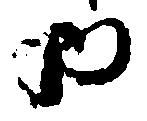
内